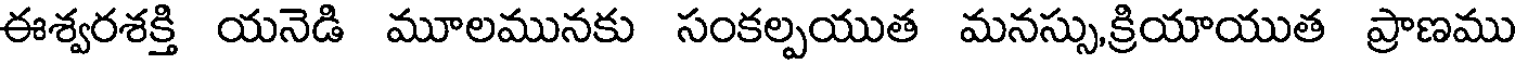
ఈశ్వరశక్తి యనెడి మూలమునకు సంకల్పయుత మనస్సు,క్రియాయుత ప్రాణము